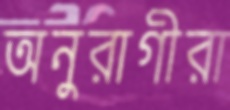
অনুরাগীরা